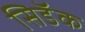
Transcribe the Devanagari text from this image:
सिडॅक